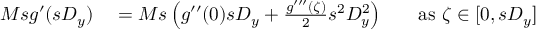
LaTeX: \begin{array} { r l r l } { M s g ^ { \prime } ( s D _ { y } ) } & { { } = M s \left( g ^ { \prime \prime } ( 0 ) s D _ { y } + { \frac { g ^ { \prime \prime \prime } ( \zeta ) } { 2 } } s ^ { 2 } D _ { y } ^ { 2 } \right) } & { } & { { } { \mathrm { a s ~ } } \zeta \in [ 0 , s D _ { y } ] } \end{array}